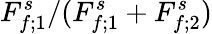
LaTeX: F_{f;1}^{s}/(F_{f;1}^{s}+F_{f;2}^{s})